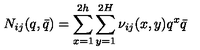
N _ { i j } ( q , \bar { q } ) = \sum _ { x = 1 } ^ { 2 h } \sum _ { y = 1 } ^ { 2 H } \nu _ { i j } ( x , y ) q ^ { x } \bar { q }